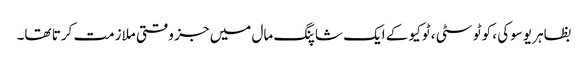
بظاہر یوسوکی ، کوٹو سٹی ، ٹوکیو کے ایک شاپنگ مال میں جز وقتی ملازمت کرتا تھا۔